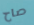
صاح